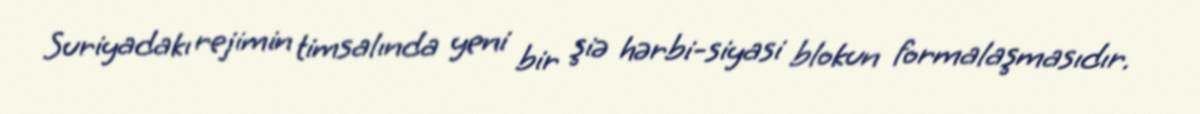
Suriyadakı rejimin timsalında yeni bir şiə hərbi-siyasi blokun formalaşmasıdır.